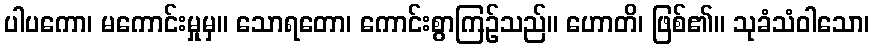
ပါပကော၊ မကောင်းမှုမှ။ သောရတော၊ ကောင်းစွာကြဉ်သည်။ ဟောတိ၊ ဖြစ်၏။ သုခံသံဝါသော၊